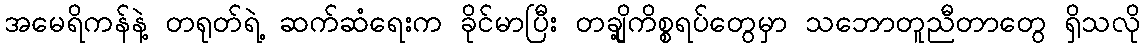
အမေရိကန်နဲ့ တရုတ်ရဲ့ ဆက်ဆံရေးက ခိုင်မာပြီး တချို့ကိစ္စရပ်တွေမှာ သဘောတူညီတာတွေ ရှိသလို